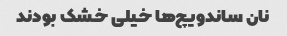
نان ساندویچ‌ها خیلى خشک بودند